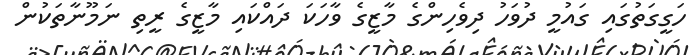
ހަގީގަތުގައި ގައުމީ ދުވަހު ދިވެހިންގެ މާޒީގެ ވާހަކަ ދައްކައި މާޒީގެ ރީތި ނަމޫނާތަކުން